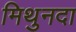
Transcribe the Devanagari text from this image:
मिथुनदा